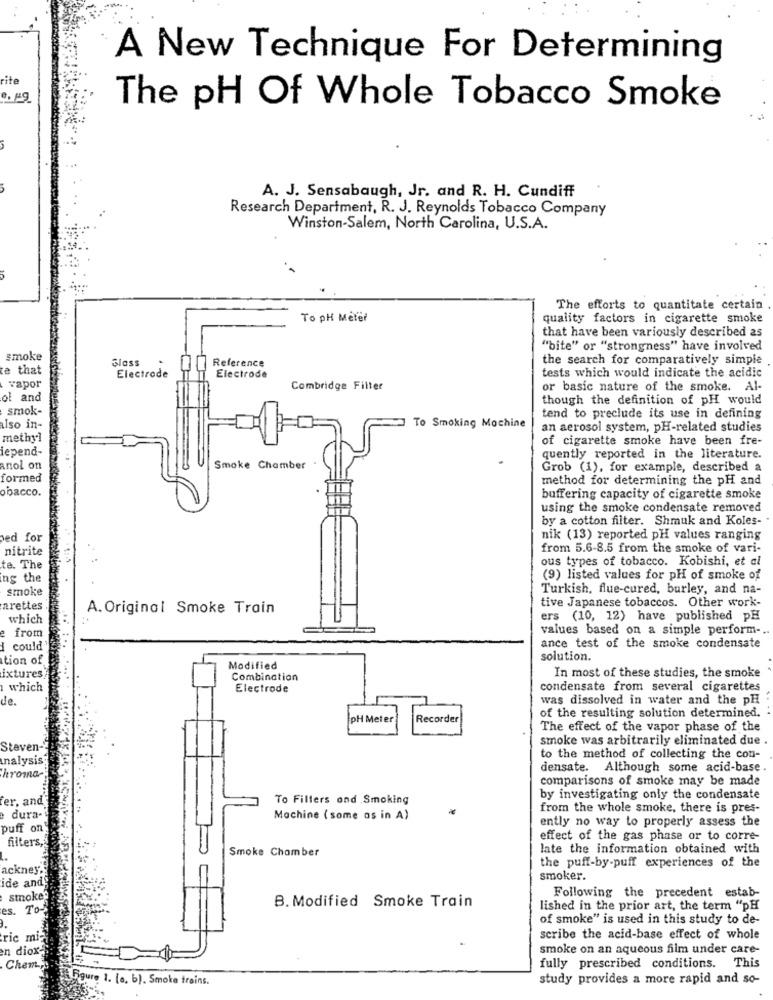
A New Technique For Determining
rite
The pH Of Whole Tobacco Smoke
A. J. Sensabaugh, Jr. and R. H. Cundiff
Research Department, R. J. Reynolds Tobacco Company
Winston-Salem, North Carolina, U.S.A.
The efforts to quantitate certain
To PH Meter
quality factors in cigarette smoke
that have been variously described as
"bite" or "strongness" have involved
smoke
Glass
the search for comparatively simple
e that
Reference
Electrode
Electrode
tests which would indicate the acidic
vapor
Combridge Filter
or basic nature of the smoke. Al-
ol and
though the definition of PH would
smok-
tend to preclude its use in defining
Iso in-
To Smoking Mochine
an aerosol system, pH-related studies
methyl
of cigarette smoke have been fre-
lepend-
quently reported in the literature.
Anol on
Smoke Chamber
Grob (1), for example, described a
formed
method for determining the pH and
obacco.
buffering capacity of cigarette smoke
using the smoke condensate removed
by a cotton filter. Shmuk and Koles-
ed for
nik (13) reported pH values ranging
nitrite
from 5.6-8.5 from the smoke of vari-
ous types of tobacco. Kobishi, et al
te. The
ing the
(9) listed values for pH of smoke of
smoke
Turkish, flue-cured, burley, and na-
tive Japanese tobaccos. Other work-
arettes
A. Original Smoke Train
which
ers (10, 12) have published pH
e
from
values based on a simple perform -..
could
ance test of the smoke condensate
tion of
solution.
Modified
ixtures
Combination
In most of these studies, the smoke
which
Electrode
condensate from several cigarettes
de.
was dissolved in water and the pH
PH Meter
Recorder
of the resulting solution determined.
The effect of the vapor phase of the
smoke was arbitrarily eliminated due .
Steven-
analysis
to the method of collecting the con-
densate. Although some acid-base .
hroma-
comparisons of smoke may be made
er, and
To Filters and Smoking
by investigating only the condensate
from the whole smoke, there is pres-
dura-
Machine ( some as in A)
ently no way to properly assess the
puff on
filters,
effect of the gas phase or to corre-
Smoke Chamber
late the information obtained with
ackney.
the puff-by-puff experiences of the
ide and
smoker.
smoke
Following the precedent estab-
es. To-
B. Modified Smoke Train
lished in the prior art, the term "pH
of smoke" is used in this study to de-
ric mi-
scribe the acid-base effect of whole
en diox-
smoke on an aqueous film under care-
Chem,
fully prescribed conditions. This
Figure 1. [a. b). Smoke trains.
study provides a more rapid and so-